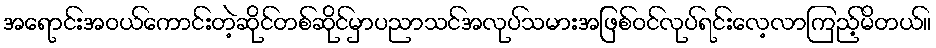
အရောင်းအဝယ်ကောင်းတဲ့ဆိုင်တစ်ဆိုင်မှာပညာသင်အလုပ်သမားအဖြစ်ဝင်လုပ်ရင်းလေ့လာကြည့်မိတယ်။